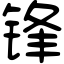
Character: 锋